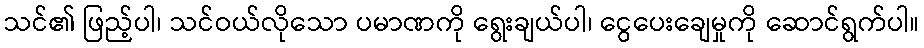
သင်၏ ဖြည့်ပါ၊ သင်ဝယ်လိုသော ပမာဏကို ရွေးချယ်ပါ၊ ငွေပေးချေမှုကို ဆောင်ရွက်ပါ။